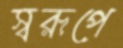
স্বরূপে